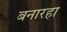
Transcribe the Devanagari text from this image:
बनारहा